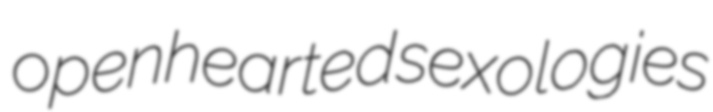
openhearted sexologies